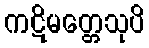
ကဋိမတ္တေသုပိ